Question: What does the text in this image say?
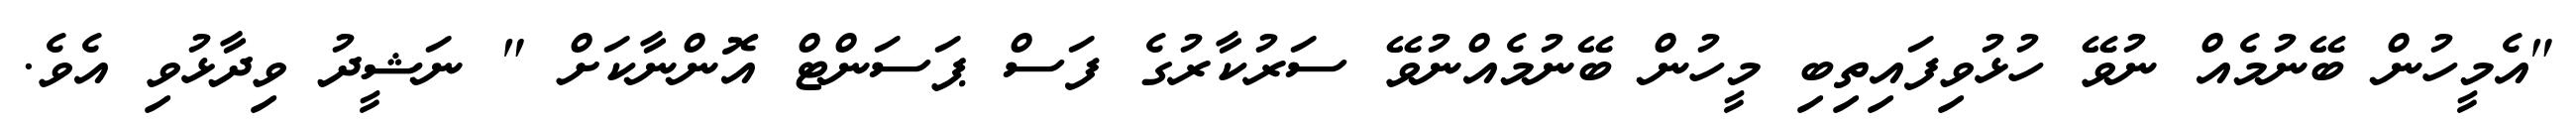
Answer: "އެމީހުން ބޭނުމެއް ނުވޭ ހުޅުވިފައިތިބި މީހުން ބޭނުމެއްނުވޭ ސަރުކާރުގެ ފަސް ޕަސަންޓް އޮންނާކަށް " ނަޝީދު ވިދާޅުވި އެވެ.